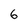
Character: 6